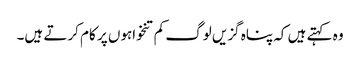
وہ کہتے ہیں کہ پناہ گزیں لوگ کم تنخواہوں پر کام کرتے ہیں۔